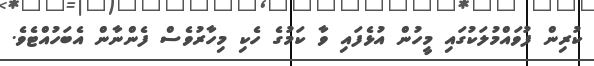
ކުރިން ފުވައްމުލަކުގައި މީހުން އުޅެފައި ވާ ކަމުގެ ހެކި މިހާރުވެސް ފެންނާން އެބަހުއްޓެވެ.